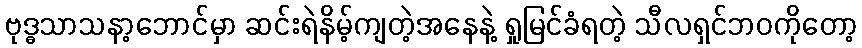
ဗုဒ္ဓသာသနာ့ဘောင်မှာ ဆင်းရဲနိမ့်ကျတဲ့အနေနဲ့ ရှုမြင်ခံရတဲ့ သီလရှင်ဘဝကိုတော့